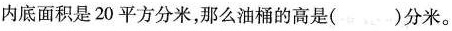
内底面积是20平方分米，那么油桶的高是()分米。